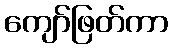
ကျော်ဖြတ်ကာ